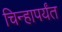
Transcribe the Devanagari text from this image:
चिन्हापर्यंत